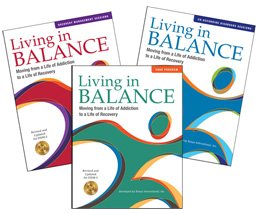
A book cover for Living in Balance Complete Set, Sessions 1-33: Moving from a Life of Addiction to a Life of Recovery; Jeffrey A. Hoffman; Politics & Social Sciences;